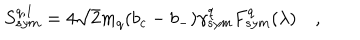
S _ { s y m } ^ { q , 1 } = 4 \sqrt { 2 } m _ { q } ( b _ { c } - b _ { - } ) \gamma _ { s y m } ^ { q } F _ { s y m } ^ { q } ( \lambda ) \quad ,